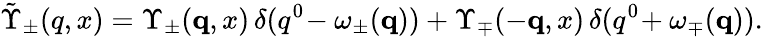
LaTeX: \tilde{\Upsilon}_{\pm}(q,x)=\Upsilon_{\pm}({\mathbf q},x)\, \delta(q^{0}\! -\omega_{\pm}({\mathbf q}))+\Upsilon_{\mp}(-{\mathbf q},x)\, \delta(q^{0}\! +\omega_{\mp}({\mathbf q})).